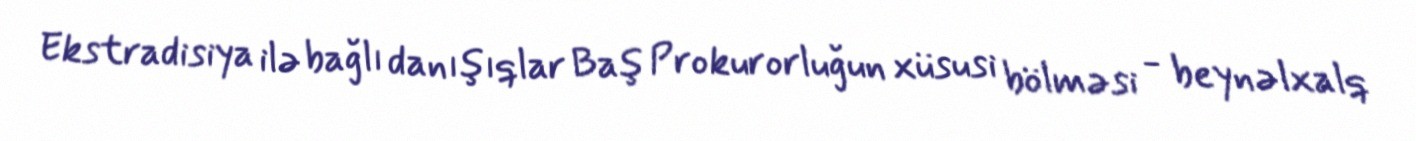
Ekstradisiya ilə bağlı danışıqlar Baş Prokurorluğun xüsusi bölməsi - beynəlxalq